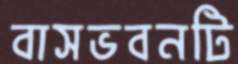
বাসভবনটি